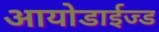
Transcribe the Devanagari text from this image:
आयोडाईज्ड